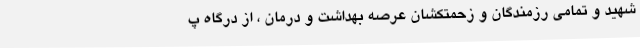
شهید و تمامی رزمندگان و زحمتکشان عرصه بهداشت و درمان ، از درگاه پ